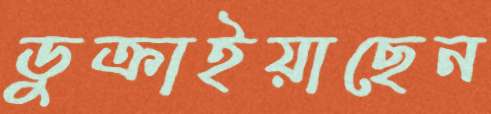
ডুক্‌রাইয়াছেন